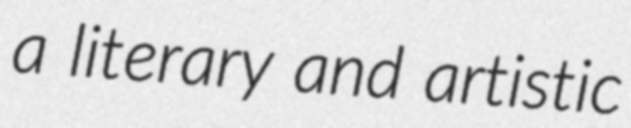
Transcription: a literary and artistic